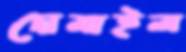
দোমাইল